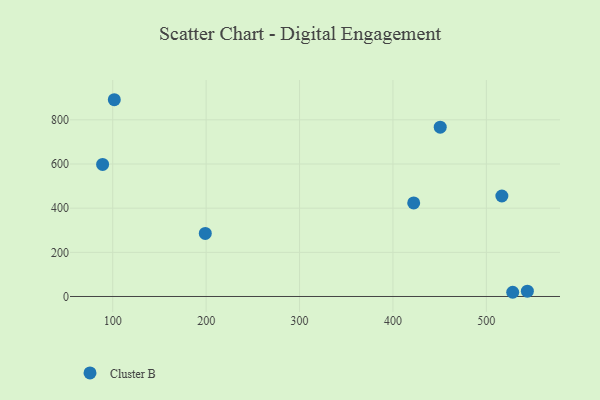
{"axis": {"x": "Investment", "y": "Exam Score"}, "legend": ["Cluster B"], "data": [{"x": "516.6", "y": 455.0, "type": "Cluster B"}, {"x": "528.2", "y": 19.1, "type": "Cluster B"}, {"x": "422.2", "y": 423.9, "type": "Cluster B"}, {"x": "101.7", "y": 891.0, "type": "Cluster B"}, {"x": "450.6", "y": 766.5, "type": "Cluster B"}, {"x": "89.2", "y": 598.2, "type": "Cluster B"}, {"x": "199.1", "y": 285.7, "type": "Cluster B"}, {"x": "543.9", "y": 24.3, "type": "Cluster B"}]}